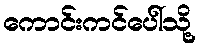
ကောင်းကင်ပေါ်သို့